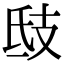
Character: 𢺾